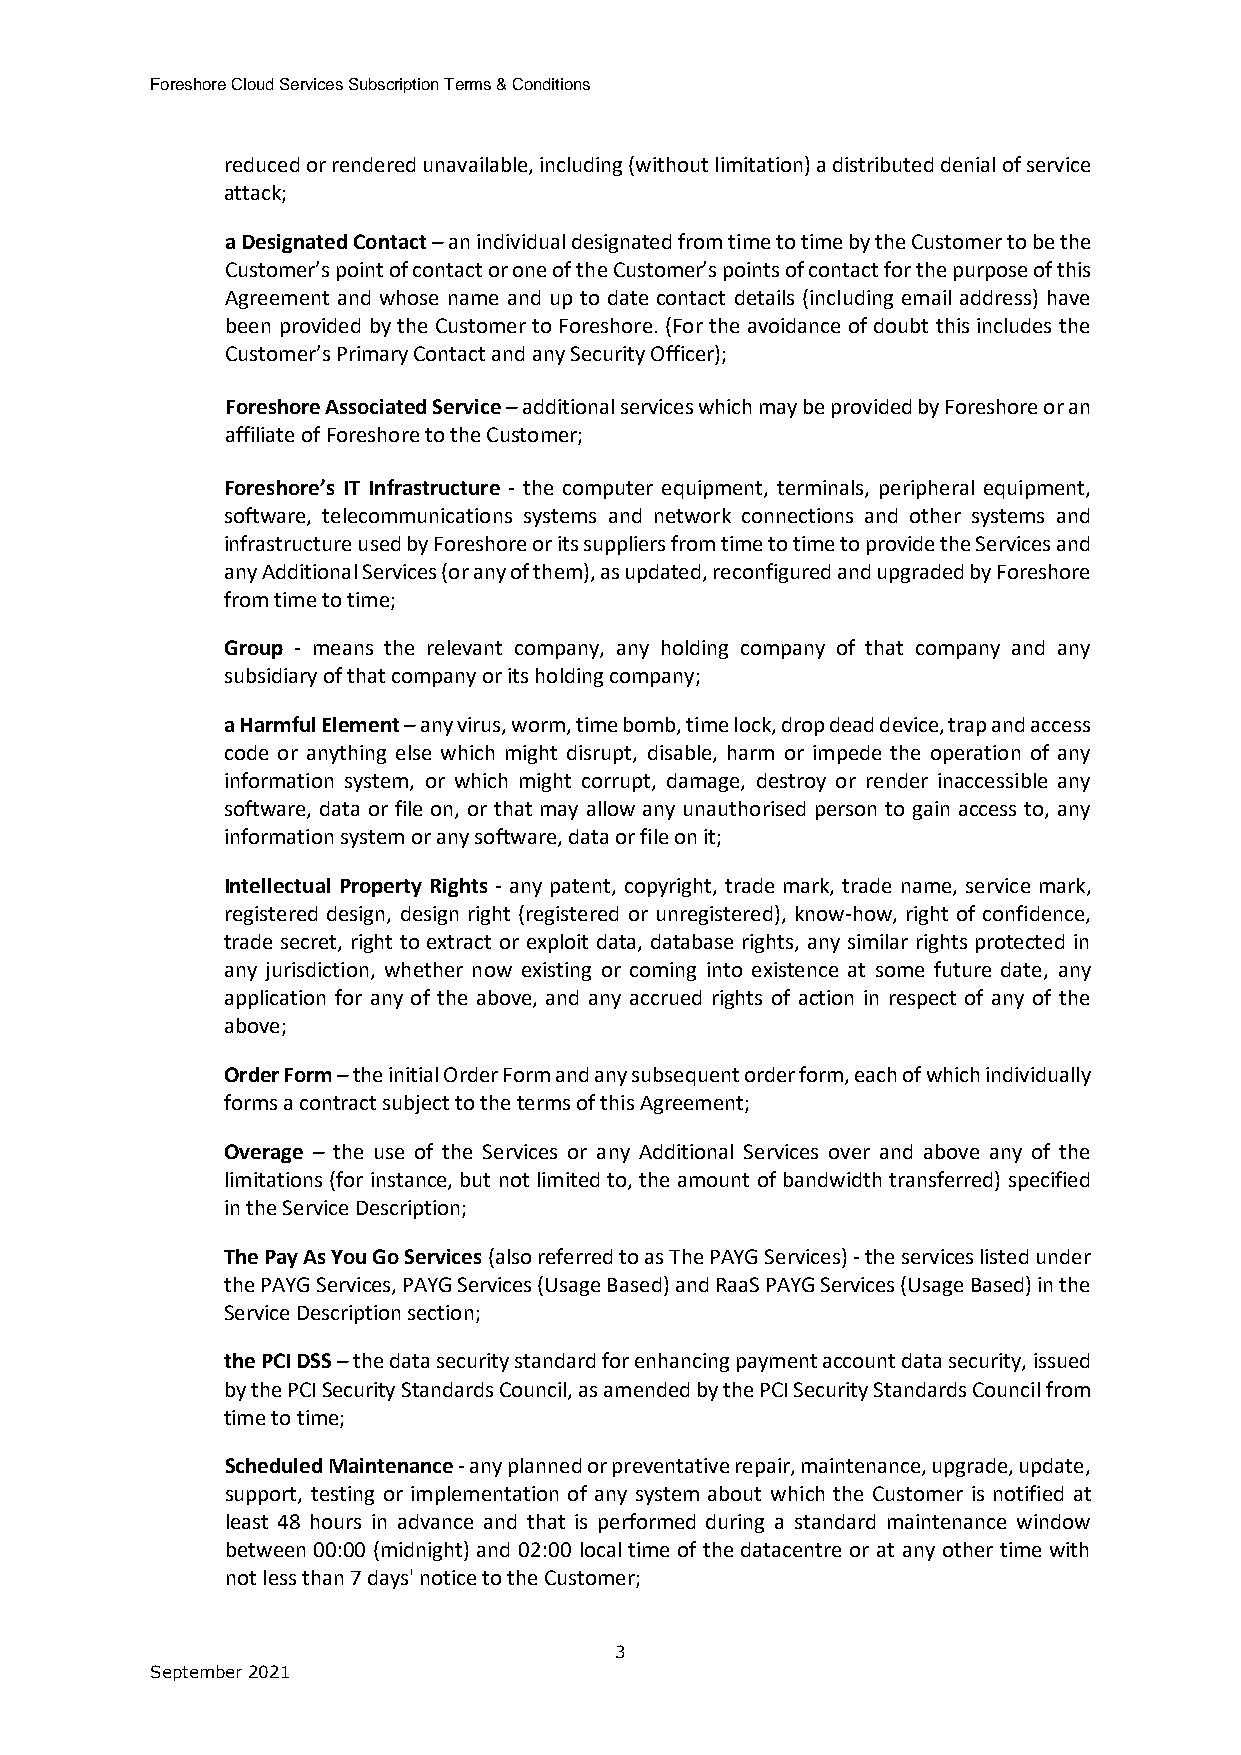
Foreshore Cloud Services Subscription Terms & Conditions
 reduced or rendered unavailable, including (without limitation) a distributed denial of service
 attack;
 a Designated Contact – an individual designated from time to time by the Customer to be the
 Customer’s point of contact or one of the Customer’s points of contact for the purpose of this
 Agreement and whose name and up to date contact details (including email address) have
 been provided by the Customer to Foreshore. (For the avoidance of doubt this includes the
 Customer’s Primary Contact and any Security Officer);
 Foreshore Associated Service – additional services which may be provided by Foreshore or an
 affiliate of Foreshore to the Customer;
 Foreshore’s IT Infrastructure - the computer equipment, terminals, peripheral equipment,
 software, telecommunications systems and network connections and other systems and
 infrastructure used by Foreshore or its suppliers from time to time to provide the Services and
 any Additional Services (or any of them), as updated, reconfigured and upgraded by Foreshore
 from time to time;
 Group - means the relevant company, any holding company of that company and any
 subsidiary of that company or its holding company;
 a Harmful Element – any virus, worm, time bomb, time lock, drop dead device, trap and access
 code or anything else which might disrupt, disable, harm or impede the operation of any
 information system, or which might corrupt, damage, destroy or render inaccessible any
 software, data or file on, or that may allow any unauthorised person to gain access to, any
 information system or any software, data or file on it;
 Intellectual Property Rights - any patent, copyright, trade mark, trade name, service mark,
 registered design, design right (registered or unregistered), know-how, right of confidence,
 trade secret, right to extract or exploit data, database rights, any similar rights protected in
 any jurisdiction, whether now existing or coming into existence at some future date, any
 application for any of the above, and any accrued rights of action in respect of any of the
 above;
 Order Form – the initial Order Form and any subsequent order form, each of which individually
 forms a contract subject to the terms of this Agreement;
 Overage – the use of the Services or any Additional Services over and above any of the
 limitations (for instance, but not limited to, the amount of bandwidth transferred) specified
 in the Service Description;
 The Pay As You Go Services (also referred to as The PAYG Services) - the services listed under
 the PAYG Services, PAYG Services (Usage Based) and RaaS PAYG Services (Usage Based) in the
 Service Description section;
 the PCI DSS – the data security standard for enhancing payment account data security, issued
 by the PCI Security Standards Council, as amended by the PCI Security Standards Council from
 time to time;
 Scheduled Maintenance - any planned or preventative repair, maintenance, upgrade, update,
 support, testing or implementation of any system about which the Customer is notified at
 least 48 hours in advance and that is performed during a standard maintenance window
 between 00:00 (midnight) and 02:00 local time of the datacentre or at any other time with
 not less than 7 days' notice to the Customer;
 3
 September 2021